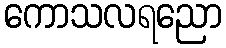
ကောသလရညော